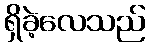
ရှိခဲ့လေသည်